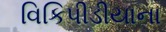
વિકિપીડીયાના